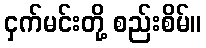
ငှက်မင်းတို့ စည်းစိမ်။